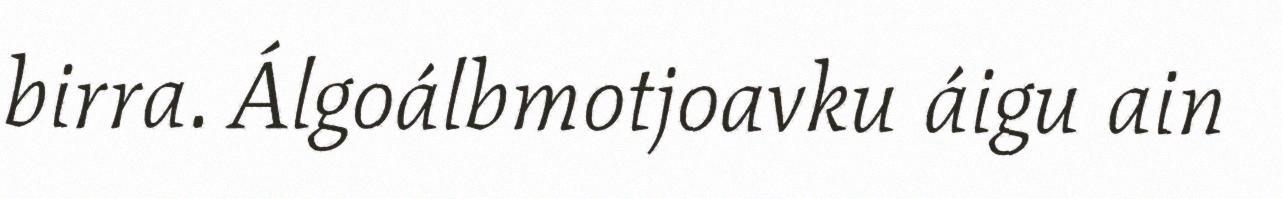
birra. Álgoálbmotjoavku áigu ain